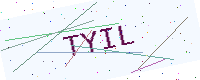
Text: TYIL